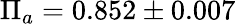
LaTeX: \Pi_{a}=0.852\pm 0.007